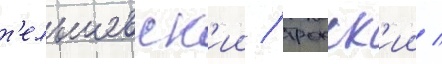
т'ельшевск'ии / трокск'ии /